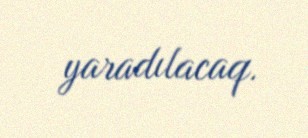
yaradılacaq.